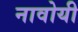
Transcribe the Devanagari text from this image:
नावोयी